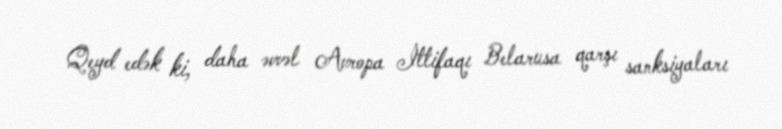
Qeyd edək ki, daha əvvəl Avropa İttifaqı Belarusa qarşı sanksiyaları